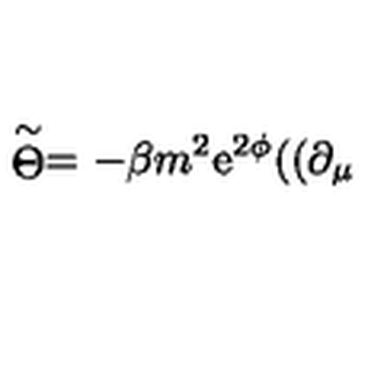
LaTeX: \stackrel { \sim } { \Theta } = - \beta m ^ { 2 } \mathrm { e } ^ { 2 \phi } ( ( \partial _ { \mu }